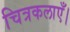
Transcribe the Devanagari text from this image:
चित्रकलाएँ।